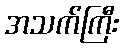
အသက်ကြီး